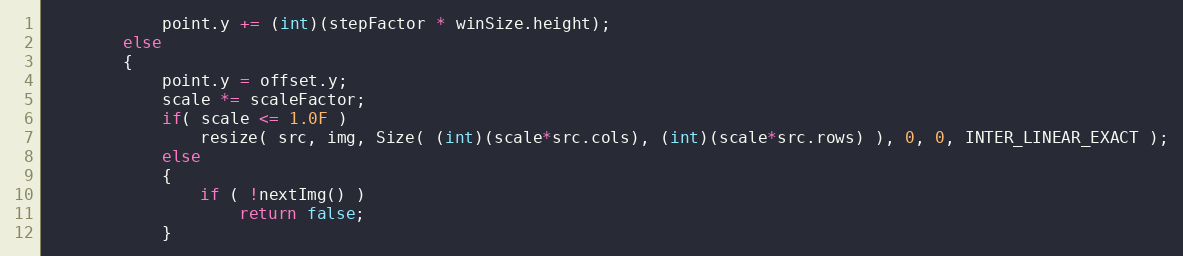
Language: C++
            point.y += (int)(stepFactor * winSize.height);
        else
        {
            point.y = offset.y;
            scale *= scaleFactor;
            if( scale <= 1.0F )
                resize( src, img, Size( (int)(scale*src.cols), (int)(scale*src.rows) ), 0, 0, INTER_LINEAR_EXACT );
            else
            {
                if ( !nextImg() )
                    return false;
            }